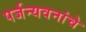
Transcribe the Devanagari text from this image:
पर्जन्यवनांचे